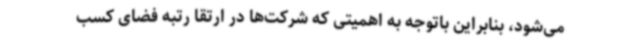
می‌شود، بنابراین باتوجه به اهمیتی که شرکت‌ها در ارتقا رتبه فضای کسب